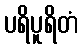
ပရိပူရိတံ